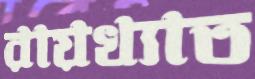
রায়খ্যাত